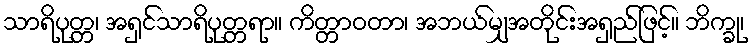
သာရိပုတ္တ၊ အရှင်သာရိပုတ္တရာ။ ကိတ္တာဝတာ၊ အဘယ်မျှအတိုင်းအရှည်ဖြင့်။ ဘိက္ခု၊